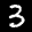
Label: 3